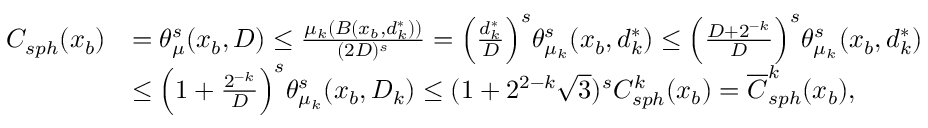
\begin{array} { r l } { C _ { s p h } ( x _ { b } ) } & { = \theta _ { \mu } ^ { s } ( x _ { b } , D ) \leq \frac { \mu _ { k } ( B ( x _ { b } , d _ { k } ^ { \ast } ) ) } { ( 2 D ) ^ { s } } = \Big ( \frac { d _ { k } ^ { \ast } } { D } \Big ) ^ { s } \theta _ { \mu _ { k } } ^ { s } ( x _ { b } , d _ { k } ^ { \ast } ) \leq \Big ( \frac { D + 2 ^ { - k } } { D } \Big ) ^ { s } \theta _ { \mu _ { k } } ^ { s } ( x _ { b } , d _ { k } ^ { \ast } ) } \\ & { \leq \Big ( 1 + \frac { 2 ^ { - k } } { D } \Big ) ^ { s } \theta _ { \mu _ { k } } ^ { s } ( x _ { b } , D _ { k } ) \leq ( 1 + 2 ^ { 2 - k } \sqrt { 3 } ) ^ { s } C _ { s p h } ^ { k } ( x _ { b } ) = \overline { { C } } _ { s p h } ^ { k } ( x _ { b } ) , } \end{array}